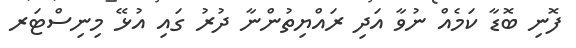
ފޮނި ބޮޑާ ކަމެއް ނުވާ އަދި ރައްޔިތުންނާ ދުރު ގައި އުޅޭ މިނިސްޓަރ